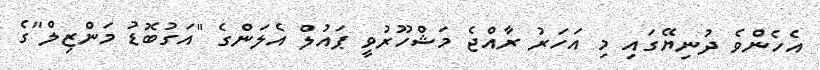
އެހެންވެ ދުނިޔޭގައި މި އަހަރު ރާއްޖެ މަޝްހޫރުވީ ޕައުލް އެލަންގެ "އަގުބޮޑު މަންޒިލް"ގެ